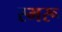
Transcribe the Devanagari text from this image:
स्मरू